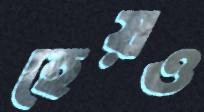
হেয়ও